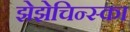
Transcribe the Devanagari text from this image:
झेझेचिन्स्का